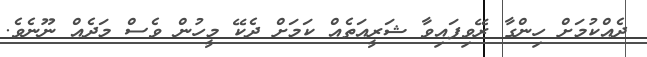
ދެއްކުމަށް ހިންގާ ރޭވިފައިވާ ޝަރީއަތެއް ކަމަށް ދެކޭ މީހުން ވެސް މަދެއް ނޫނެވެ.